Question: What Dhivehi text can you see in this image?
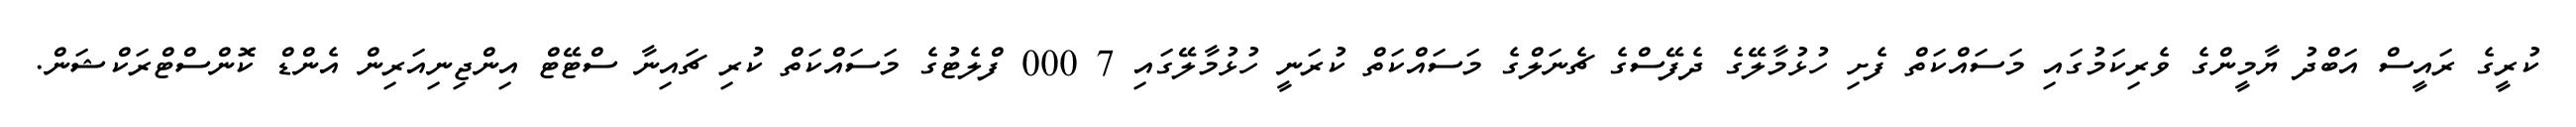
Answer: ކުރީގެ ރައީސް އަބްދު ޔާމީންގެ ވެރިކަމުގައި މަސައްކަތް ފެށި ހުޅުމާލޭގެ ދެފޭސްގެ ޗެނަލްގެ މަސައްކަތް ކުރަނީ ހުޅުމާލޭގައި 7 000 ފްލެޓުގެ މަސައްކަތް ކުރި ޗައިނާ ސްޓޭޓް އިންޖިނިއަރިން އެންޑް ކޮންސްޓްރަކްޝަން.